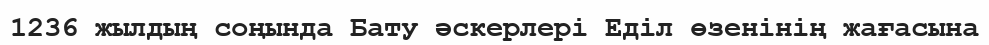
1236 жылдың соңында Бату әскерлері Еділ өзенінің жағасына